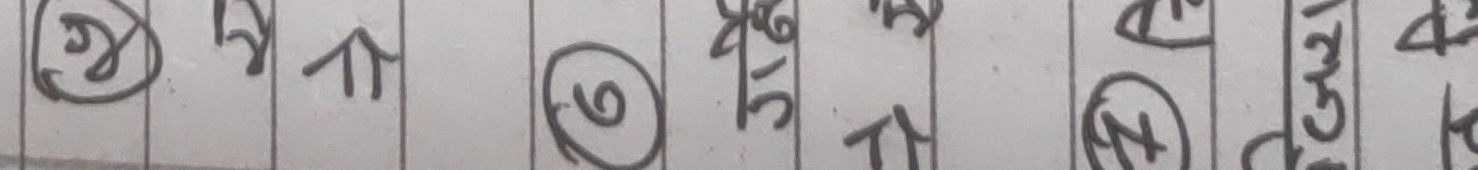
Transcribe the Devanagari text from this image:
१५ क ३५ क २४ ३